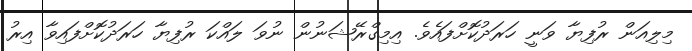
މިލިއަން ރުފިޔާ ވަނީ ހަރަދުކޮށްފައެވެ. އިމިގްރޭޝަނުން ނުވަ ލައްކަ ރުފިޔާ ހަަރަދުކޮށްފައިވާ އިރު